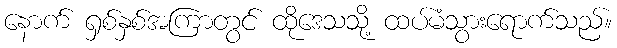
နောက် ရှစ်နှစ်အကြာတွင် ထိုဒေသသို့ ထပ်မံသွားရောက်သည်။